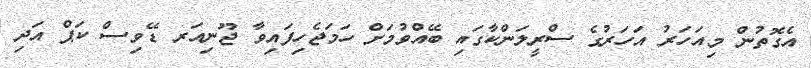
އެގޮތުން މިއަހަރު އަހަރުގެ ސްރީލަންކާގައި ބޭއްވުމަށް ހަމަޖެހިފައިވާ ޖޫނިއަރ ޑޭވިސް ކަޕް އަދި